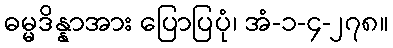
ဓမ္မဒိန္နာအား ပြောပြပုံ၊ အံ-၁-၄-၂၇၈။